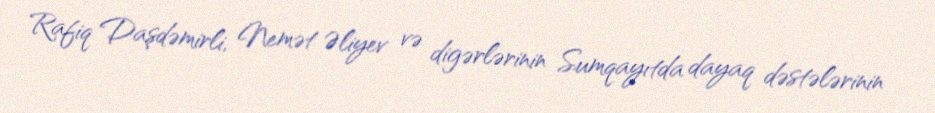
Rafiq Daşdəmirli, Nemət Əliyev və digərlərinin Sumqayıtda dayaq dəstələrinin